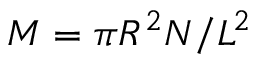
M = \pi R ^ { 2 } N / L ^ { 2 }